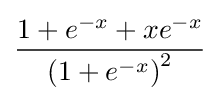
{\frac {1+e^{-x}+xe^{-x}}{\left(1+e^{-x}\right)^{2}}}